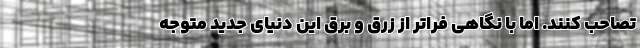
تصاحب کنند. اما با نگاهی فراتر از زرق و برق این دنیای جدید متوجه